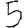
Digit: 5